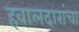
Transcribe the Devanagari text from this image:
हवालदारांचा